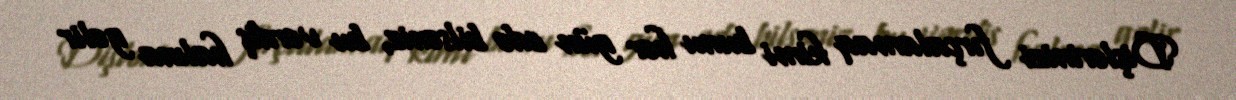
Dişlərinizi fırçalamaq kimi bunu hər gün edə bilsəniz, bu vərdiş halına gəlir